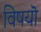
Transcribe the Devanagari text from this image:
विषयॊ